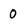
Character: 0